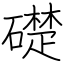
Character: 礎